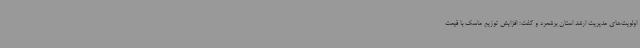
اولویت‌های مدیریت ارشد استان برشمرد و گفت: افزایش توزیع ماسک با قیمت